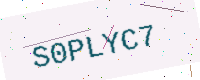
Text: S0PLYC7